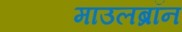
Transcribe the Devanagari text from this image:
माउलब्रॉन